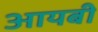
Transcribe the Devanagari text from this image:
आयबी